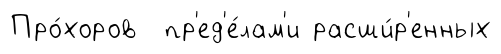
Про́хоров пр'ед'е́лам'и расши́р'енных